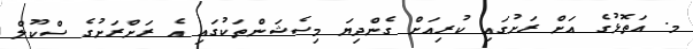
މ. އަތޮޅުގެ އަށް ރަށުގައި ކުރިއަށް ގެންދިޔަ މިސެޝަންތަކުގައި އެ ރަށްރަށުގެ ސްކޫލް